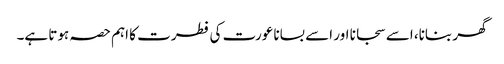
گھر بنانا، اسے سجانا اور اسے بسانا عورت کی فطرت کا اہم حصہ ہوتا ہے۔